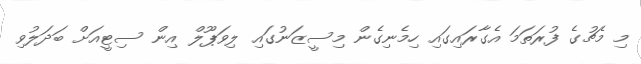
މި މެޗުގެ ފުރަތަމަ އެގާރައިގައި ހިމެނިގެން މިސީޒަނުގައި ލިވަޕޫލް އިން ސިޓީއަށް ބަދަލުވި